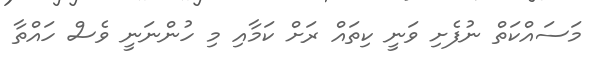
މަސައްކަތް ނުފެށި ވަނީ ކިތައް ރަށް ކަމާއި މި ހުންނަނީ ވެސް ހައްތާ